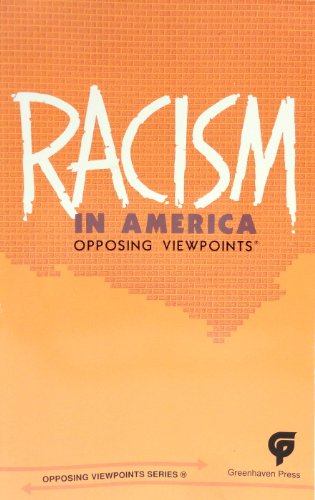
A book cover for Racism in America (Opposing Viewpoints); Charles P. Cozic; Teen & Young Adult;